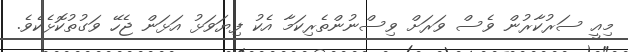
މިއީ ސަރުކާރުން ވެސް ވަރަށް ވިސްނުންތެރިކަމާ އެކު ފިޔަވަޅު އަޅަން ޖެހޭ ވަގުތުކޮޅެކެވެ.